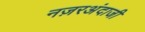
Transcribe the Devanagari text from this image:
नज़रअंदाजी